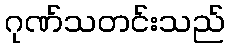
ဂုဏ်သတင်းသည်